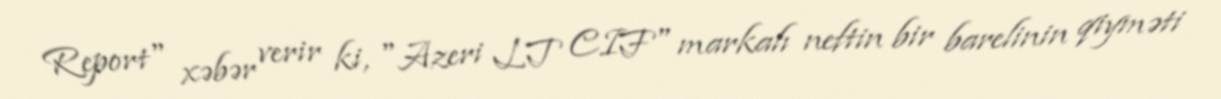
Report" xəbər verir ki, "Azeri LT CIF" markalı neftin bir barelinin qiyməti